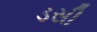
ડસી